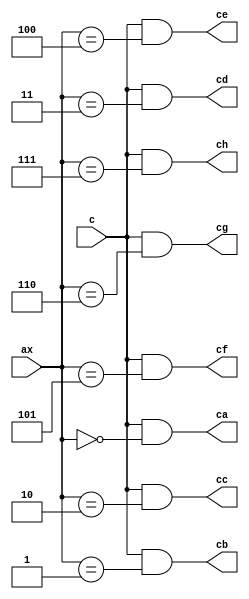
module d_mux (ax, c, ca, cb, cc, cd, ce, cf, cg, ch);
input [2:0]  ax; 
input  c;
output ca, cb, cc, cd, ce, cf, cg, ch;

assign ca = c & (ax == 3'b000);
assign cb = c & (ax == 3'b001);
assign cc = c & (ax == 3'b010);
assign cd = c & (ax == 3'b011) ;
assign ce = c & (ax == 3'b100);
assign cf = c & (ax == 3'b101);
assign cg = c & (ax == 3'b110);
assign ch = c & (ax == 3'b111);

endmodule